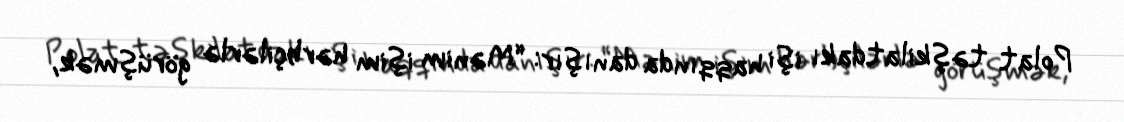
Polat təşkilatdakı işi haqqında danışır: “Mənim işim hərbçilərlə görüşmək,